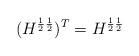
LaTeX: \begin{align*}(H^{\frac{1}{2}\frac{1}{2}})^T=H^{\frac{1}{2}\frac{1}{2}}\end{align*}